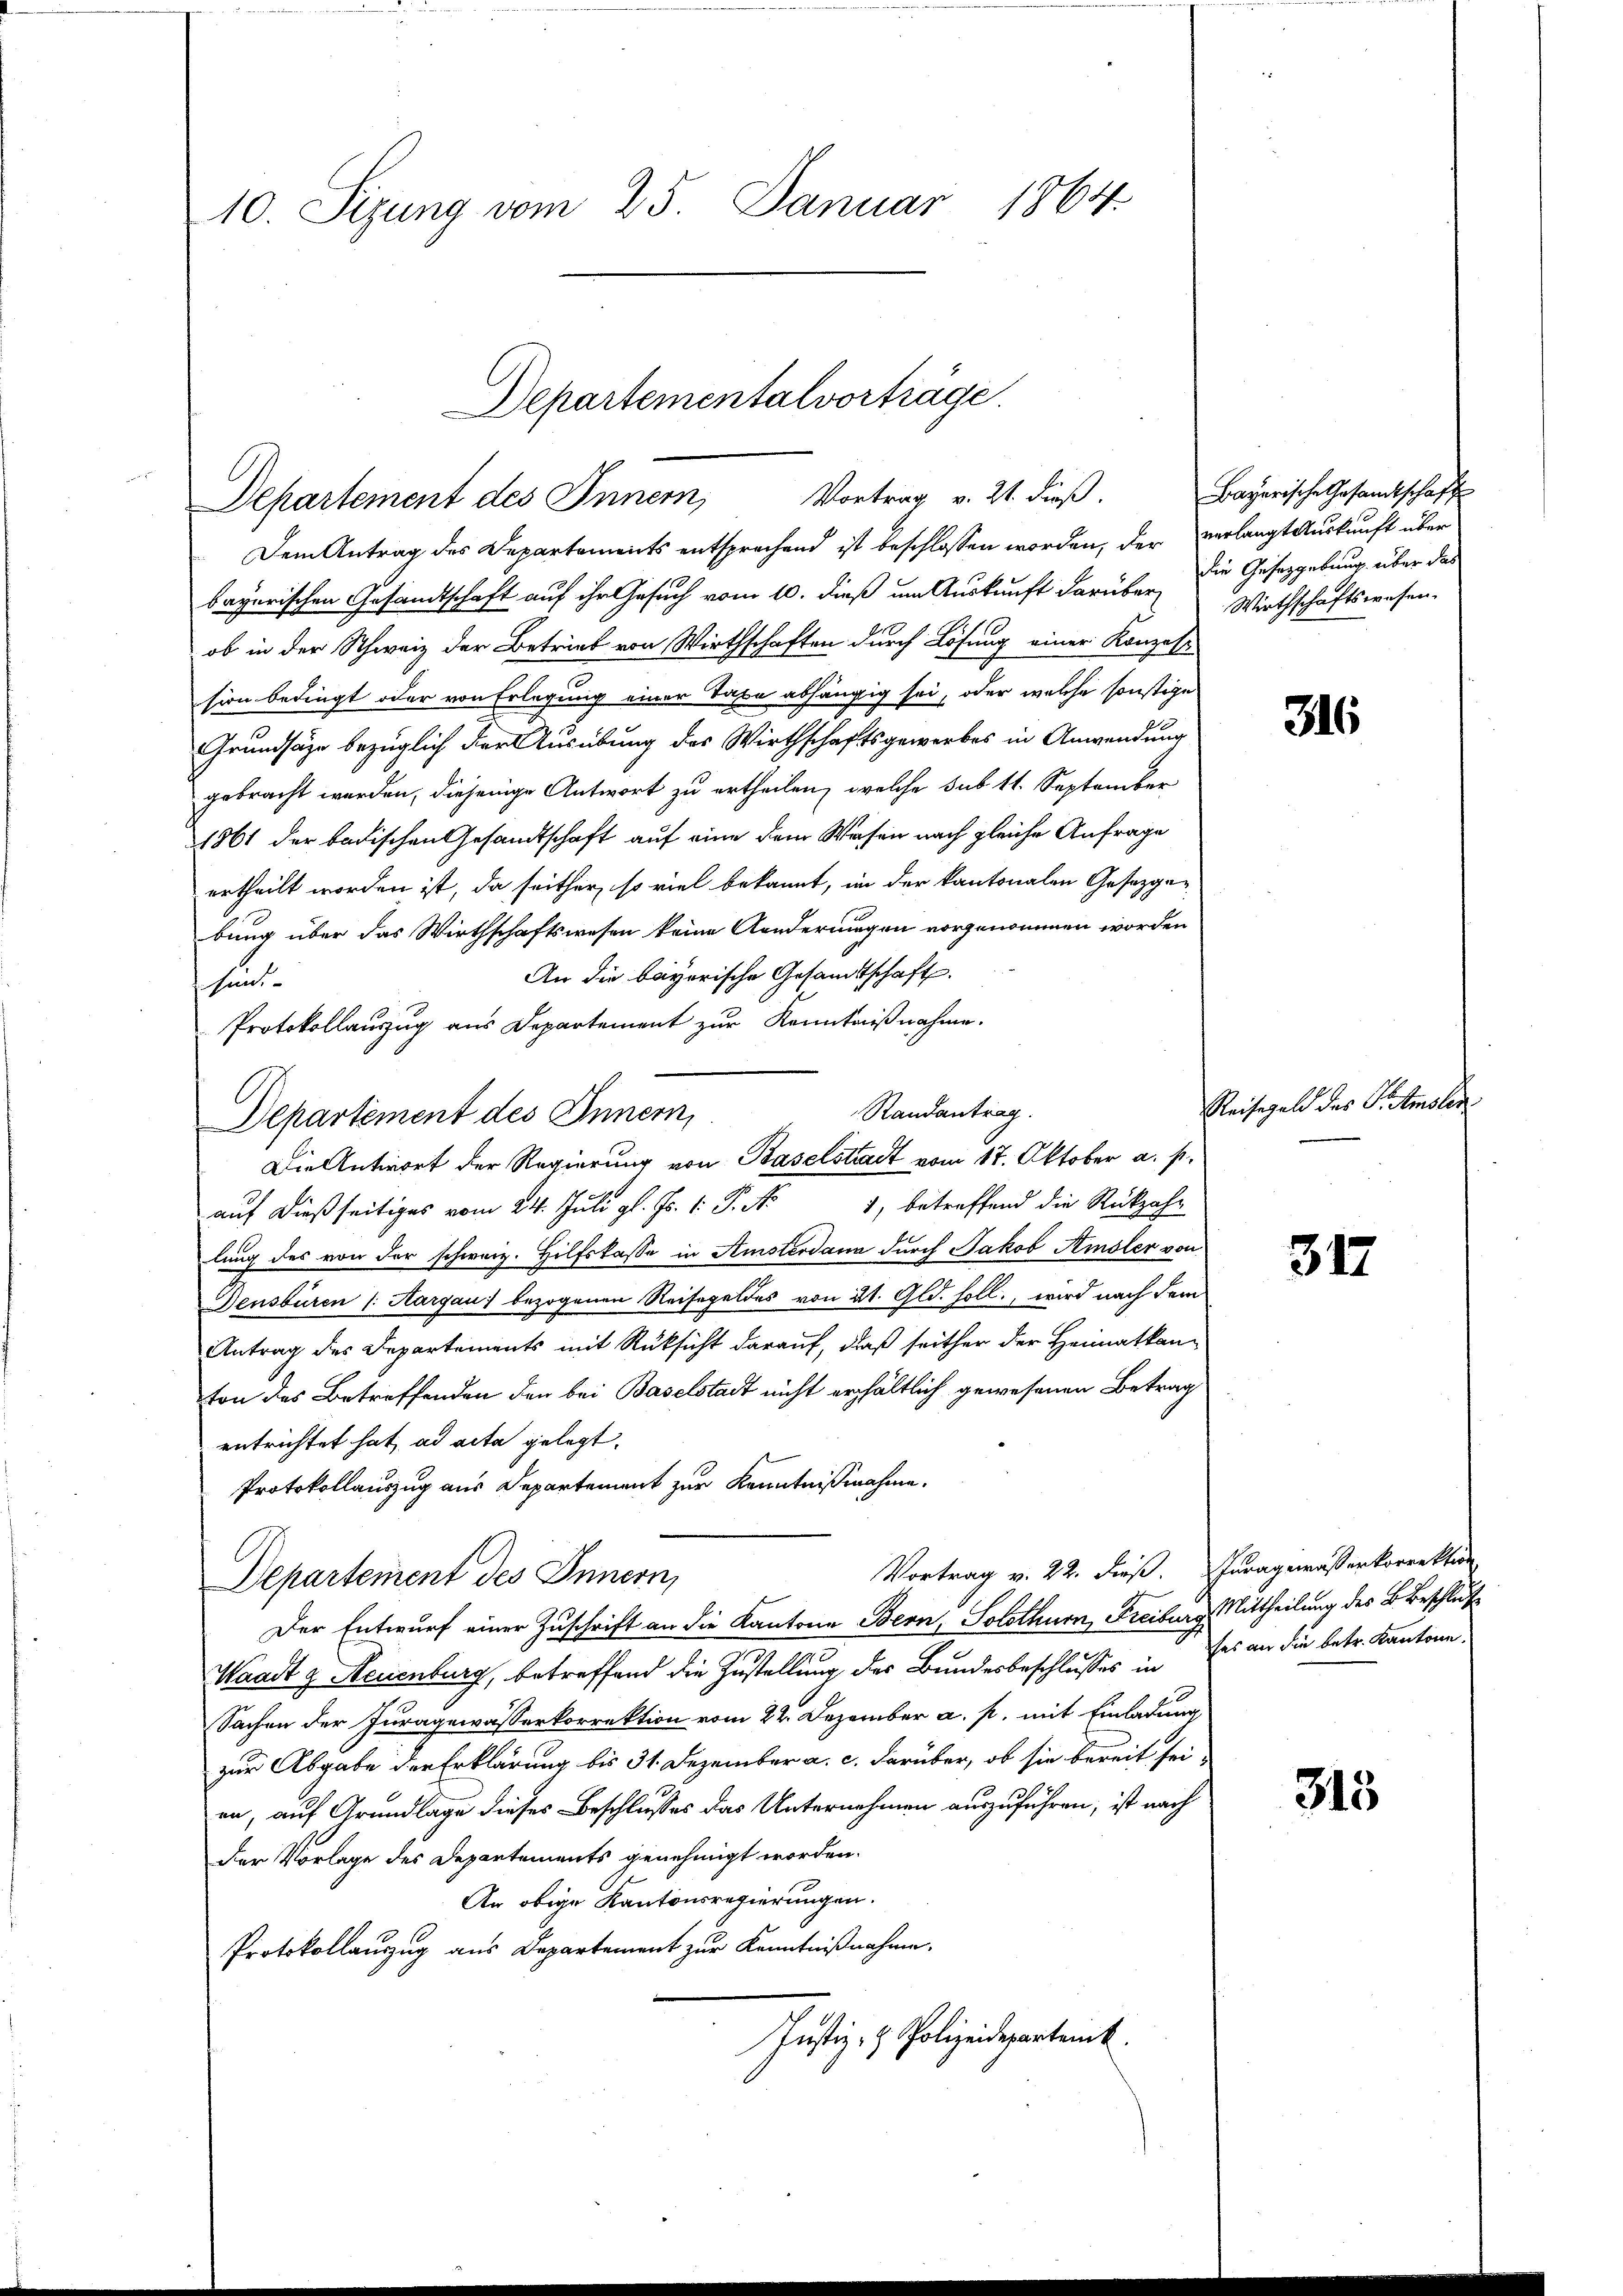
10. Sizung vom 25. Januar 1864.

Departementalvorträge.
Departement des Innern, Vortrag v. 21. dieß.

Dem Antrag des Departements entsprechend ist beschlossen worden, der verlangt Auskunft über
bayerischen Gesandtschaft auf ihr Gesuch vom 10. dieß um Auskunft darüber die Gesetzgebung über das
ob in der Schweiz der Betrieb von Wirthschaften durch Lösung einer Konzess
sion bedingt oder von Erlegung einer Taxe abhängig sei, oder welche sonstige
3
Grundsäze bezüglich der Ausübung des Wirthschaftsgewerbes in Anwendung
gebracht werden, diejenige Antwort zu ertheilen, welche sub 11. September
1861 der badischen Gesandtschaft auf eine dem Wesen nach gleiche Anfrage
ertheilt worden ist, da seither, so viel bekannt, in der kantonalen Gesetzgebung über das Wirthschaftswesen keine Aenderungen vorgenommen worden
An die bayerische Gesamtschaft.
sind.
Protokollauszug aus Departement zur Kenntnißnahme.
Departement des Innern,
1, betreffend die Rückzahauf dießseitiges vom 24. Juli gl. Js. 1. P. Nr.
lung des von der schweiz. Hilfskasse in Amsterdann durch Jakob Amsler von
Gensbüren /: Aargau) bezogenen Reisegeldes von 21. Gld. soll., wird nach dem
Antrag des Departements mit Rücksicht darauf, daß seither der Heimatkanton des Betreffenden den bei Baselstadt nicht erhältlich gewesenen Betrag
entrichtet hat, ad acta gelegt.
Protokollauszug aus Departement zur Kenntnißnahme.
Vortrag v. 22. dieß. Iuragerässerkorrektion
Departement des Innern,
Der Entwurf einer Zuschrift an die Kantone Bern, Solothurn, Freiburg Mittheilung der B. Beschluß
Waadt z. Neuenburg, betreffend die Zustellung des Bundesbeschlusses in ses an die betr. Kantone
Sachen der Juragewässerkorrektion vom 22. Dezember a. p. mit Einladung
zur Abgabe der Erklärung bis 31. Dezember a. c. darüber, ob sie bereit sei
en, auf Grundlage dieses Beschlusses das Unternehmen auszuführen, ist nach
der Vorlage des Departements genehmigt worden.
An obige Kantonsregierungen.
Protokollauszug aus Departement zur Kenntnißnahme.
Justiz- & Polizeidepartemb.

Die Antwort der Regierung von Baselstadt vom 17. Oktober a. p.

Randantrag.

Bayerische Gesandtschaft
Wirthschaftswesen.

316

Reisegeld des P. Amsler

317

315